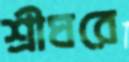
শ্রীঘরে